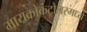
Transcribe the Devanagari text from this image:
मायक्रोकंट्रोलरमध्ये